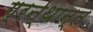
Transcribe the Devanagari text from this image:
ग्रन्थान्त